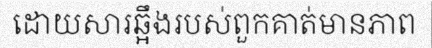
ដោយសារឆ្អឹងរបស់ពួកគាត់មានភាព